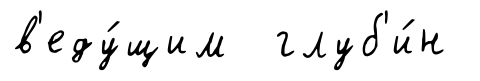
в'еду́щим глуб'и́н